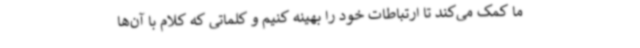
ما کمک می‌کند تا ارتباطات خود را بهینه کنیم و کلماتی که کلام با آن‌ها